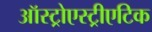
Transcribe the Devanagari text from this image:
ऑस्ट्रोएस्ट्रीएटिक